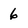
Character: 6